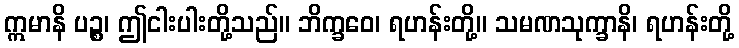
ဣမာနိ ပဉ္စ၊ ဤငါးပါးတို့သည်။ ဘိက္ခဝေ၊ ရဟန်းတို့။ သမဏသုက္ခာနိ၊ ရဟန်းတို့